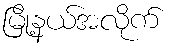
မြို့နယ်အလိုက်